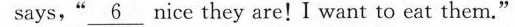
says,“\underline{6} nice they are!I want to eat them."